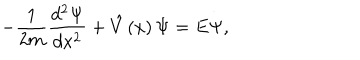
- \frac 1 { 2 m } \frac { d ^ { 2 } \Psi } { d x ^ { 2 } } + \hat { V } \left( x \right) \Psi = E \Psi ,